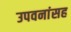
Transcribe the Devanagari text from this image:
उपवनांसह